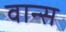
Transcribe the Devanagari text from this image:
वान्स